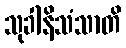
သုခါနိသံသာတိ